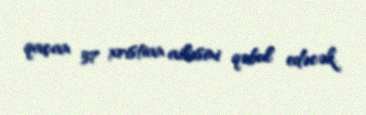
qaçan 37 xristian ailəsini qəbul edəcək.